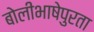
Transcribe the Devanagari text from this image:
बोलीभाषेपुरता